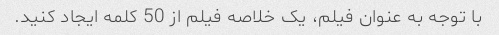
با توجه به عنوان فیلم، یک خلاصه فیلم از 50 کلمه ایجاد کنید.